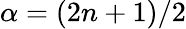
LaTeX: \alpha=(2n+1)/2